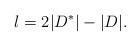
LaTeX: \begin{align*} l = 2|D^*| - |D|. \end{align*}